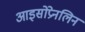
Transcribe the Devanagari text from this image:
आइसोप्रेनलिन